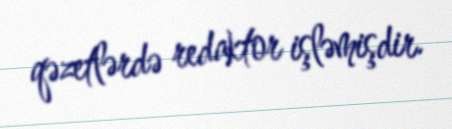
qəzetlərdə redaktor işləmişdir.